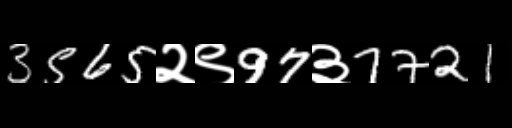
Text: 3565२९97३7721